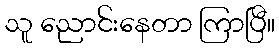
သူ ညောင်းနေတာ ကြာပြီ။